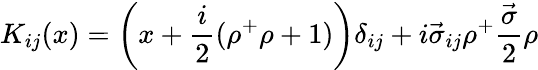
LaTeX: K_{ij}(x)=\left(x+\frac{i}{2}(\rho^{+}\rho+1)\right)\delta_{ij}+i\vec{\sigma}_{ij}\rho^{+}\frac{\vec{\sigma}}{2}\rho